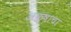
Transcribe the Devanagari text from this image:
अक्षाचा